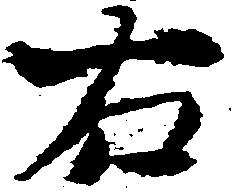
右